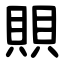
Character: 賏